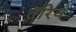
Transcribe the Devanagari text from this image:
तरिय